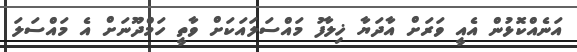
އަނެއްކޮޅުން އެއީ ވަރަށް އާދަޔާ ޚިލާފު މައްސަލައަކަށް ވާތީ ހަމްދޫނަށް އެ މައްސަލަ